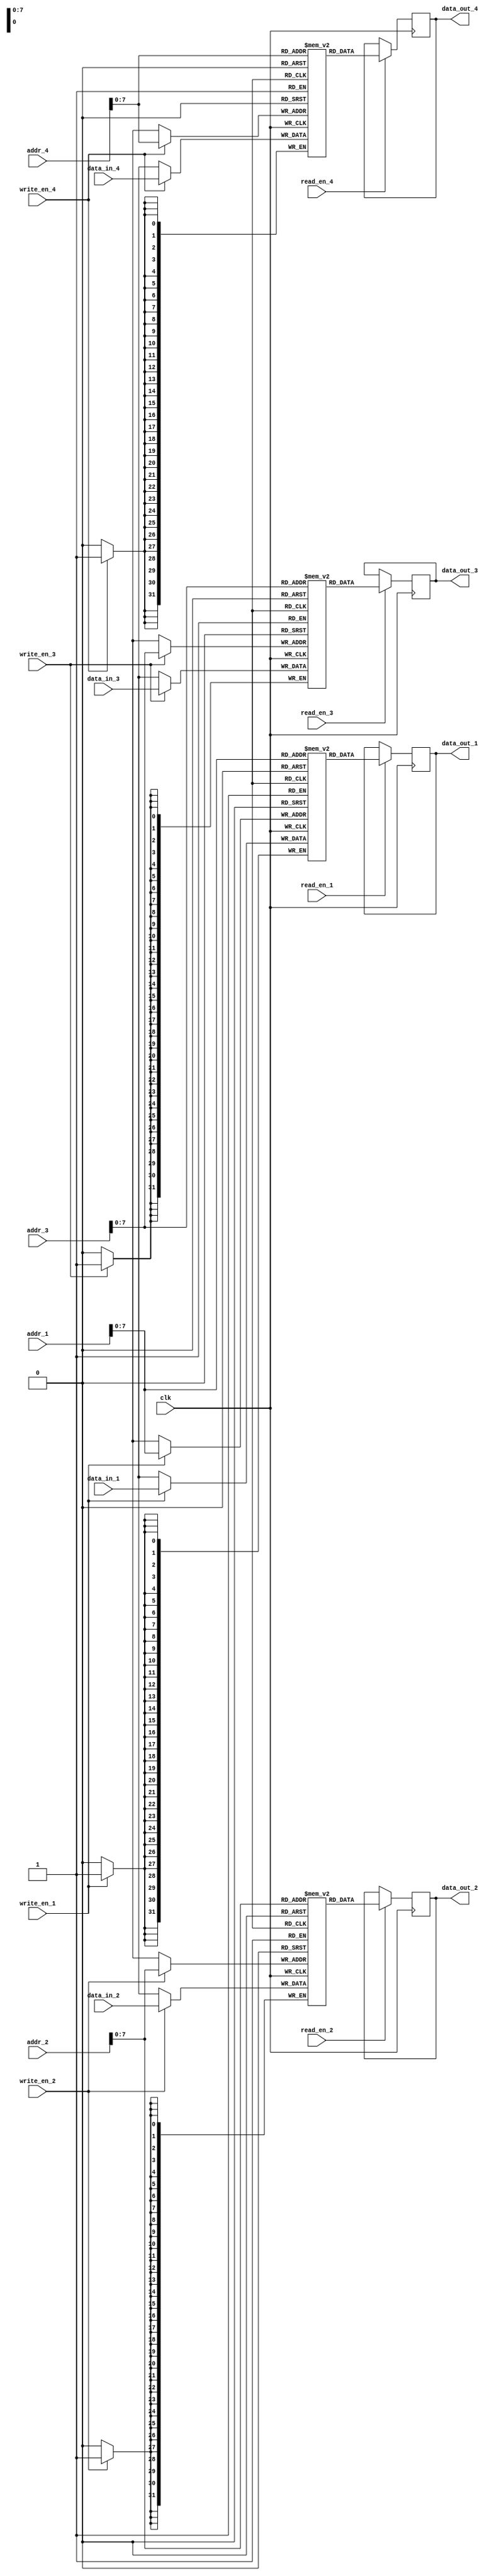
module quad_port_register_file(
  input wire clk,
  input wire [31:0] addr_1,
  input wire [31:0] addr_2,
  input wire [31:0] addr_3,
  input wire [31:0] addr_4,
  input wire [31:0] data_in_1,
  input wire [31:0] data_in_2,
  input wire [31:0] data_in_3,
  input wire [31:0] data_in_4,
  input wire read_en_1,
  input wire read_en_2,
  input wire read_en_3,
  input wire read_en_4,
  input wire write_en_1,
  input wire write_en_2,
  input wire write_en_3,
  input wire write_en_4,
  output reg [31:0] data_out_1,
  output reg [31:0] data_out_2,
  output reg [31:0] data_out_3,
  output reg [31:0] data_out_4
);

reg [31:0] memory_block_1 [0:255];
reg [31:0] memory_block_2 [0:255];
reg [31:0] memory_block_3 [0:255];
reg [31:0] memory_block_4 [0:255];

always @(posedge clk) begin
  if (read_en_1)
    data_out_1 <= memory_block_1[addr_1];
  if (read_en_2)
    data_out_2 <= memory_block_2[addr_2];
  if (read_en_3)
    data_out_3 <= memory_block_3[addr_3];
  if (read_en_4)
    data_out_4 <= memory_block_4[addr_4];
  
  if (write_en_1)
    memory_block_1[addr_1] <= data_in_1;
  if (write_en_2)
    memory_block_2[addr_2] <= data_in_2;
  if (write_en_3)
    memory_block_3[addr_3] <= data_in_3;
  if (write_en_4)
    memory_block_4[addr_4] <= data_in_4;
end

endmodule